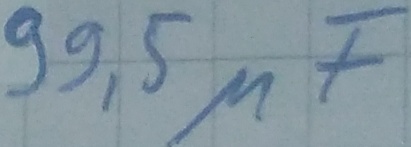
Text: 99,5µF